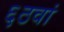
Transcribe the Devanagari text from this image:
६ठवां